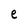
Character: e